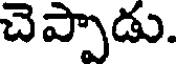
చెప్పాడు.